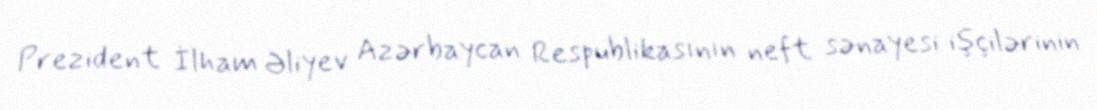
Prezident İlham Əliyev Azərbaycan Respublikasının neft sənayesi işçilərinin